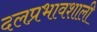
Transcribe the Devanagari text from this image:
दलप्रभावशाली